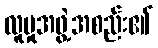
လူမှုအဖွဲ့အစည်း၏